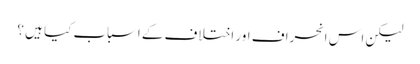
لیکن اس انحراف اور اختلاف کے اسباب کیا ہیں ؟